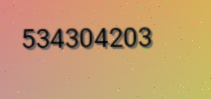
534304203